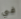
في